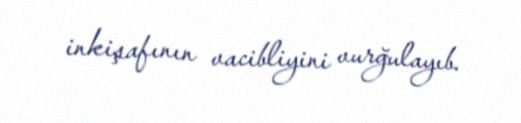
inkişafının vacibliyini vurğulayıb.